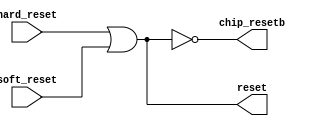
module ereset (
   reset, chip_resetb,
   hard_reset, soft_reset
   );
   input 	hard_reset;        
   input 	soft_reset;        
   output 	reset;             
   output       chip_resetb;      
   assign reset    = hard_reset | soft_reset;
   assign chip_resetb   = ~(hard_reset | soft_reset); 
endmodule